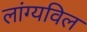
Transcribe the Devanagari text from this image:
लांग्यविल